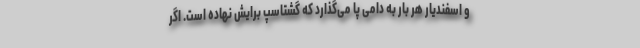
و اسفندیار هر بار به دامی پا می‌گذارد که گشتاسپ برایش نهاده است. اگر